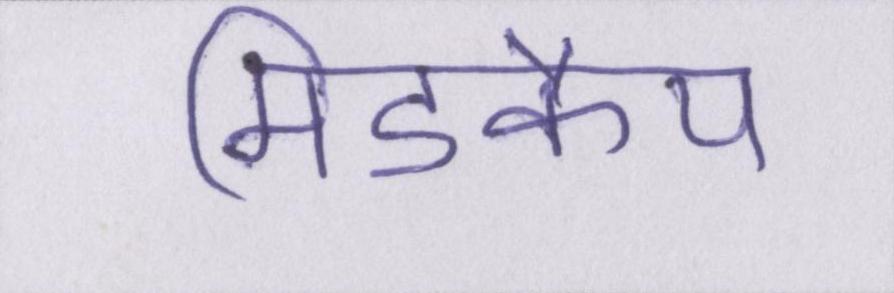
मिडकैप